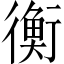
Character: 衡